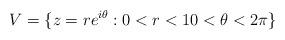
LaTeX: \begin{align*}V= \{z=re^{i\theta}: 0<r<1 0<\theta<2\pi \}\end{align*}